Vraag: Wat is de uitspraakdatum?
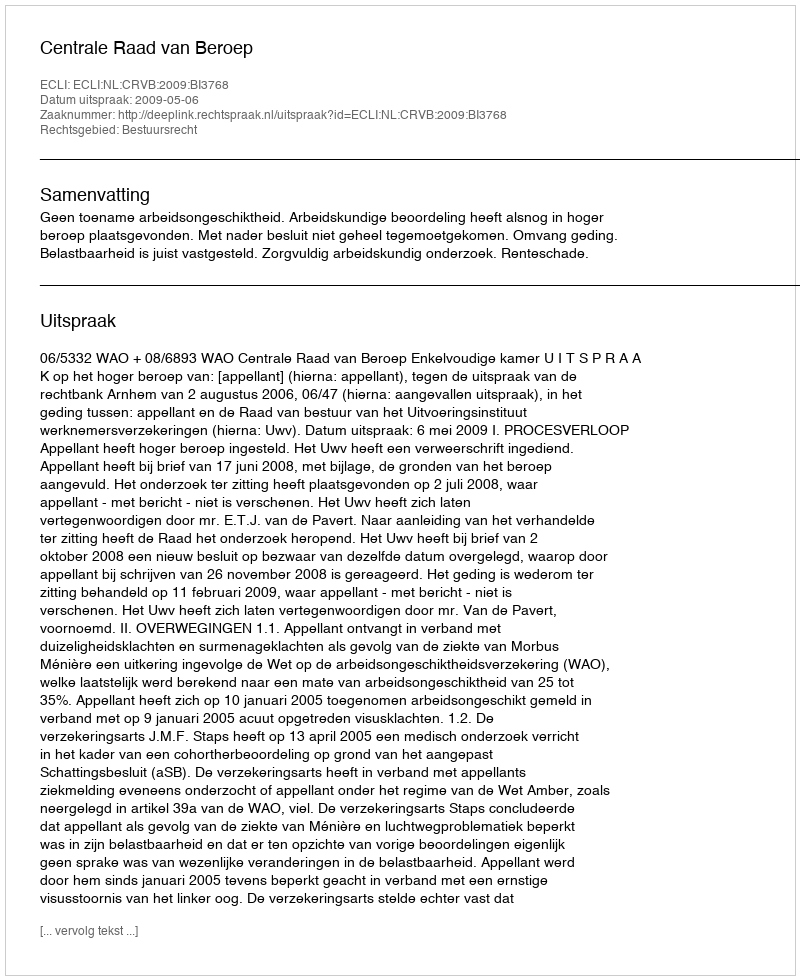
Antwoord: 2009-05-06